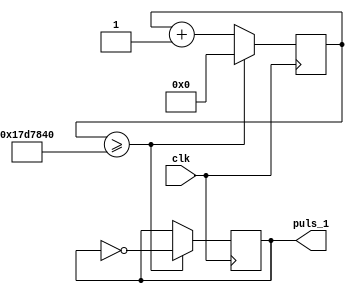
`timescale 1ns / 1ps
//////////////////////////////////////////////////////////////////////////////////
// Company: 
// Engineer: 
// 
// Design Name: 
// Module Name:    OneSecond 
// Project Name: 
// Target Devices: 
// Tool versions: 
// Description: 
//
// Dependencies: 
//
// Revision: 
// Revision 0.01 - File Created
// Additional Comments: 
//
//////////////////////////////////////////////////////////////////////////////////
module OneSecond(
    input clk,
    output puls_1
    );
	 
	reg [31:0]q;
	reg w;
	
	always @(posedge clk)
		if(q>=25000000)
			begin
			q<=0;
			w=~w;
			end
		else
			q<=q+1;

	assign puls_1=w;


endmodule